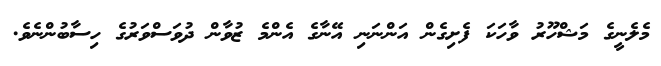
މެލެނީގެ މަޝްހޫރު ވާހަކަ ފެށިގެން އަންނަނި އޭނާގެ އެންމެ ޒުވާން ދުވަސްވަރުގެ ހިސާބުންނެވެ.